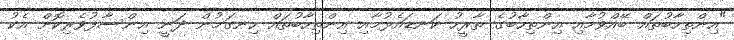
"އިންތިހާބުތައް ބޭއްވުމާއި އިންތިހާބުގެ ތާރީހު ކަނޑައެޅުމާއި އިންތިހާބުތައް ހިނގަމުން ދަނީ އިންސާފުވެރިކޮށް އެކު